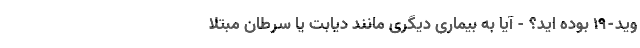
وید-19 بوده اید؟ - آیا به بیماری دیگری مانند دیابت یا سرطان مبتلا